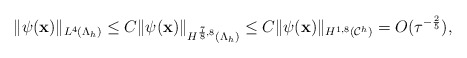
\begin{align*} \|\psi(\mathbf x)\|_{L^{4}(\Lambda_h)}\leq C \|\psi(\mathbf x)\|_{H^{\frac{7}{8},8}(\Lambda_h)}\leq C\|\psi(\mathbf x)\|_{H^{1,8}(\mathcal C^h)}= O(\tau^{-\frac{2}{5}}), \end{align*}